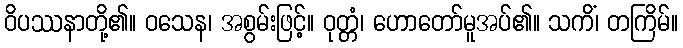
ဝိပဿနာတို့၏။ ဝသေန၊ အစွမ်းဖြင့်။ ဝုတ္တံ၊ ဟောတော်မူအပ်၏။ သကိံ၊ တကြိမ်။